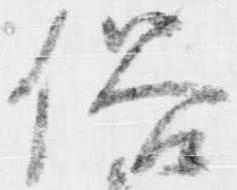
俗